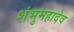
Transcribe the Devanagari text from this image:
शंभुमहादेव